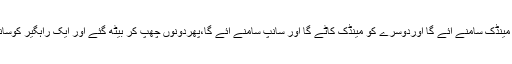
پھر دونوں نے یہ طے کیا کہ ایک کو سانپ کاٹے گا اور مینڈک سامنے آئے گا اوردوسرے کو مینڈک کاٹے گا اور سانپ سامنے آئے گا،پھردونوں چھپ کر بیٹھ گئے اور ایک راہگیر کوسانپ نے چھپ کر کاٹ لیا اور مینڈک اچھل کر سامنے آگیا۔